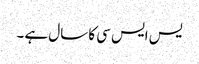
یس ایس سی کا سال ہے ۔